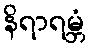
နိရာရမ္ဘံ